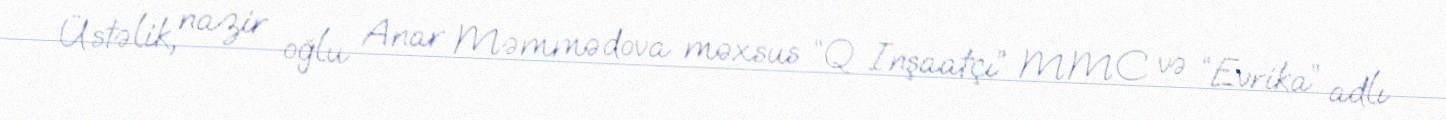
Üstəlik, nazir oğlu Anar Məmmədova məxsus “Q İnşaatçı” MMC və “Evrika” adlı